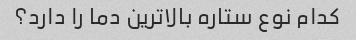
کدام نوع ستاره بالاترین دما را دارد؟